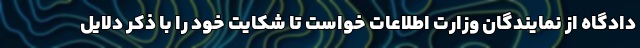
دادگاه از نمایندگان وزارت اطلاعات خواست تا شکایت خود را با ذکر دلایل